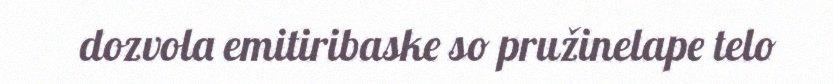
dozvola emitiribaske so pružinelape telo